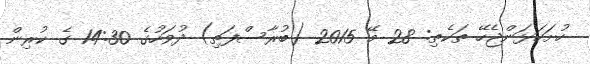
ހުށަހަޅަންޖެހޭ ތަކެތި: 28 މޭ 2015 (ބުރާސްފަތި) ދުވަހުގެ 14:30 ގެ ކުރިން